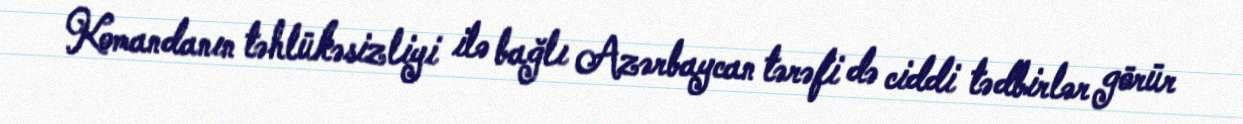
Komandanın təhlükəsizliyi ilə bağlı Azərbaycan tərəfi də ciddi tədbirlər görür